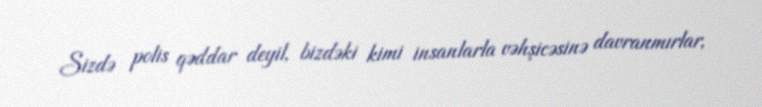
Sizdə polis qəddar deyil, bizdəki kimi insanlarla vəhşicəsinə davranmırlar,